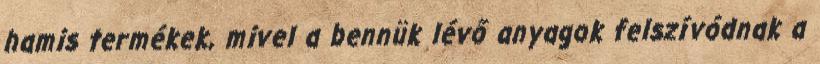
hamis termékek, mivel a bennük lévő anyagok felszívódnak a